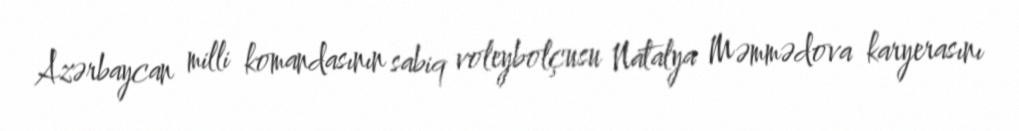
Azərbaycan milli komandasının sabiq voleybolçusu Natalya Məmmədova karyerasını